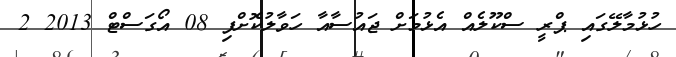
ހުޅުމާލޭގައި ޕްރީ ސްކޫލެއް އެޅުމަށް ޖައުސާއާ ހަވާލުކޮށްފި 08 އޯގަސްޓް 2013 2